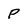
Character: p